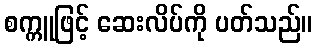
စက္ကူဖြင့် ဆေးလိပ်ကို ပတ်သည်။